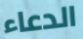
الدعاء